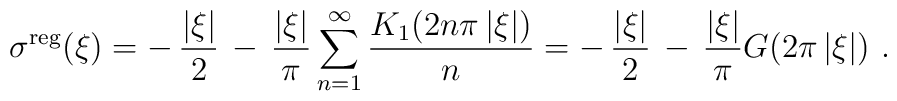
\sigma^{\rm reg}(\xi) = -\, {|\xi|\over 2}\, -\,{ |\xi| \over \pi}\sum_{n=1}^\infty {K_1(2 n \pi\,|\xi|)\over n} = -\, {|\xi|\over 2}\, -\,{|\xi| \over \pi}G(2\pi\,|\xi|) \ .